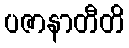
ပဇာနာတီတိ